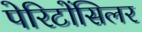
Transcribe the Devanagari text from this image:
पेरिटोंसिलर